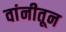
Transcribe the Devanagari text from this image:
वांनीतून